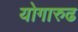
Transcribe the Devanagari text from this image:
योगारुढ